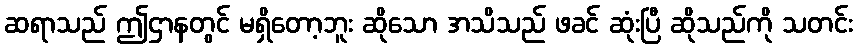
ဆရာသည် ဤဌာနတွင် မရှိတော့ဘူး ဆိုသော အသိသည် ဖခင် ဆုံးပြီ ဆိုသည်ကို သတင်း